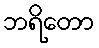
ဘရိတော